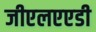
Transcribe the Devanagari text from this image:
जीएलएएडी